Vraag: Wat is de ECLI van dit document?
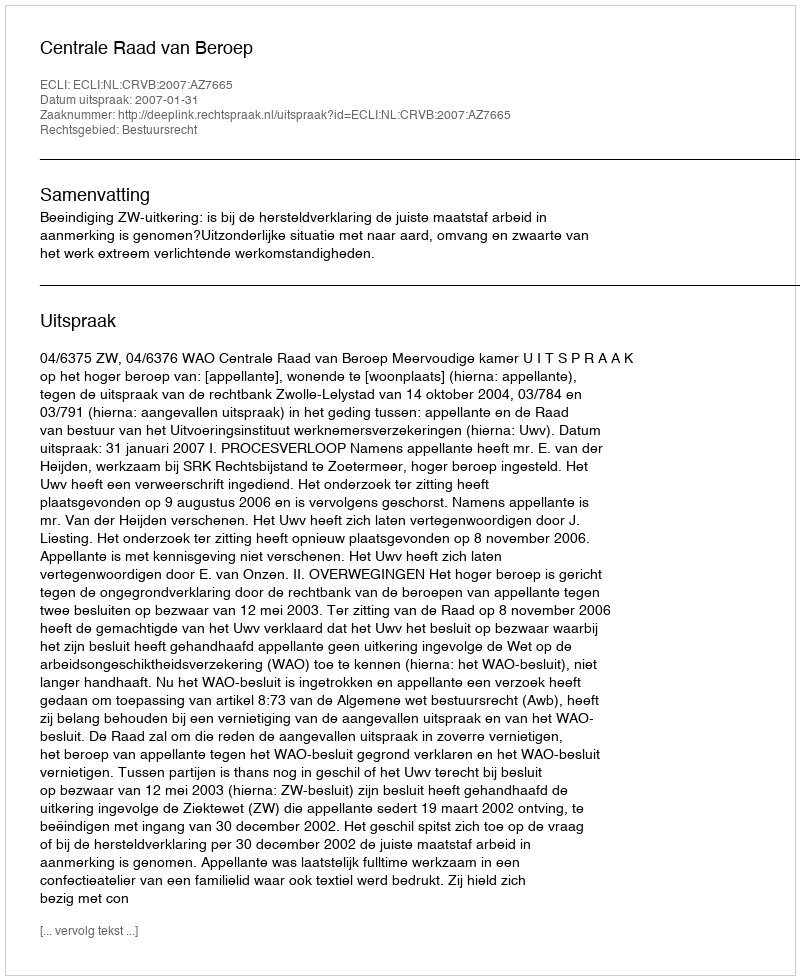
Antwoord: ECLI:NL:CRVB:2007:AZ7665